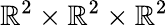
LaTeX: \mathbb{R}^{2}\times\mathbb{R}^{2}\times\mathbb{R}^{2}